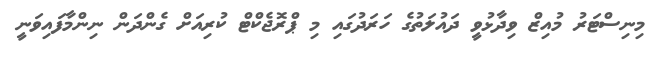
މިނިސްޓަރު މުއިޒް ވިދާޅުވީ ދައުލަތުގެ ހަރަދުގައި މި ޕްރޮޖެކްޓް ކުރިއަށް ގެންދަން ނިންމާފައިވަނީ